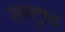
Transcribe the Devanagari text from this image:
सन्तुष्ठ